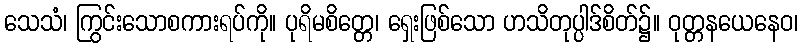
သေသံ၊ ကြွင်းသောစကားရပ်ကို။ ပုရိမစိတ္တေ၊ ရှေးဖြစ်သော ဟသိတုပ္ပါဒ်စိတ်၌။ ဝုတ္တနယေနေဝ၊